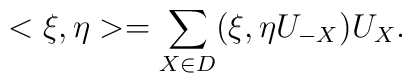
<\xi ,\eta >=\sum_{X\in D}(\xi ,\eta U_{-X})U_{X}.